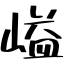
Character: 𡺬